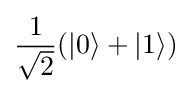
{\frac {1}{\sqrt {2}}}(|0\rangle +|1\rangle )